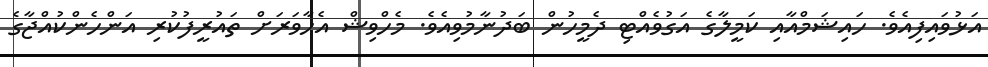
އަޅުވައިފިއެވެ. ހައިޝަމްއާއި ކަމީލާގެ އަގުވެއްޓި ދެމީހުން ބަދުނާމުވިއެވެ. މެހްވިޝް އެހާވަރަށް ތައުރީފުކުރި އަންހެންކުއްޖާގެ